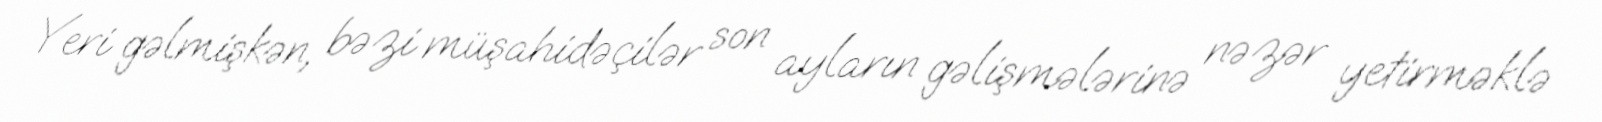
Yeri gəlmişkən, bəzi müşahidəçilər son ayların gəlişmələrinə nəzər yetirməklə